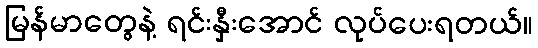
မြန်မာတွေနဲ့ ရင်းနှီးအောင် လုပ်ပေးရတယ်။